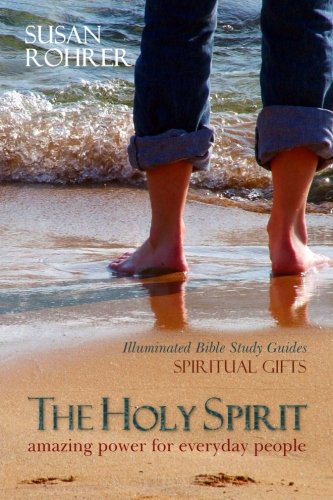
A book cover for The Holy Spirit: Amazing Power for Everyday People (Illuminated Bible Study Guides); Susan Rohrer; Christian Books & Bibles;